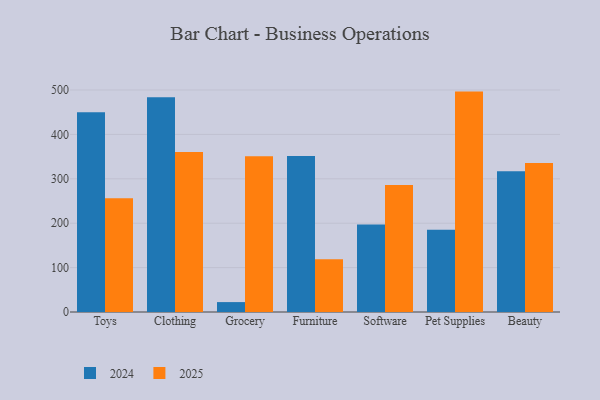
{"axis": {"x": "Category", "y": "Shipments"}, "legend": ["2024", "2025"], "data": [{"x": "Toys", "y": 256.3, "type": "2025"}, {"x": "Toys", "y": 449.7, "type": "2024"}, {"x": "Clothing", "y": 360.3, "type": "2025"}, {"x": "Clothing", "y": 483.9, "type": "2024"}, {"x": "Grocery", "y": 351.0, "type": "2025"}, {"x": "Grocery", "y": 22.3, "type": "2024"}, {"x": "Furniture", "y": 118.7, "type": "2025"}, {"x": "Furniture", "y": 351.1, "type": "2024"}, {"x": "Software", "y": 285.8, "type": "2025"}, {"x": "Software", "y": 196.8, "type": "2024"}, {"x": "Pet Supplies", "y": 496.4, "type": "2025"}, {"x": "Pet Supplies", "y": 185.3, "type": "2024"}, {"x": "Beauty", "y": 335.4, "type": "2025"}, {"x": "Beauty", "y": 317.1, "type": "2024"}]}